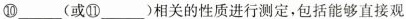
⑩___(或①___)相关的性质进行测定，包括能够直接观